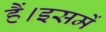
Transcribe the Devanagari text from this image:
हैं।इसमें